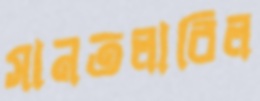
সানতলাবিল